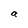
Character: a